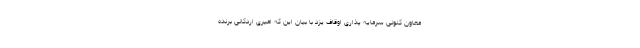
معاون کنونی سرمایه پذاری اوقاف یزد با بیان این که امیری اردکانی برنده